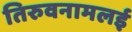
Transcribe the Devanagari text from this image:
तिरुवनामलई